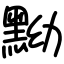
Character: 黝